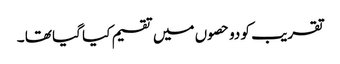
تقریب کو دو حصوں میں تقسیم کیا گیا تھا ۔